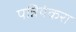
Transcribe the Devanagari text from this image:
पन्नियंकरा